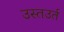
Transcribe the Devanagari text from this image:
उस्तउर्त